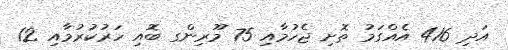
އަދި 416 އެއްގަމު ތޮށި ޖެހުމާއި 75 މޫރިންގ ބޮއި ހަރުކުރުމާއި 12